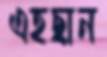
এহছান